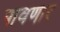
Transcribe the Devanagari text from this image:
पावणार